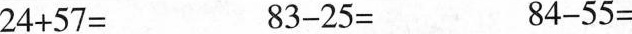
$$2 4 + 5 7 =$$ $$8 3 - 2 5 =$$ $$8 4 - 5 5 =$$